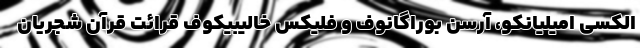
الکسی امیلیانکو، آرسن بوراگانوف و فلیکس خالیبیکوف قرائت قرآن شجریان